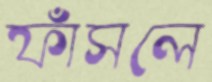
ফাঁসলে